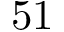
5 1